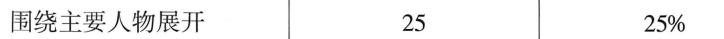
围绕主要人物展开 25 25%